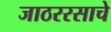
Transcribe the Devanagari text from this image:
जाठररसाचे